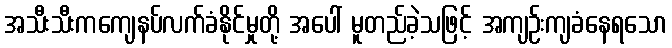
အသီးသီးကကျေနပ်လက်ခံနိုင်မှုတို့ အပေါ် မူတည်ခဲ့သဖြင့် အကျဉ်းကျခံနေရသော